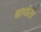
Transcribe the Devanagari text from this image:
बापोरा